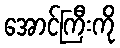
အောင်ကြီးကို